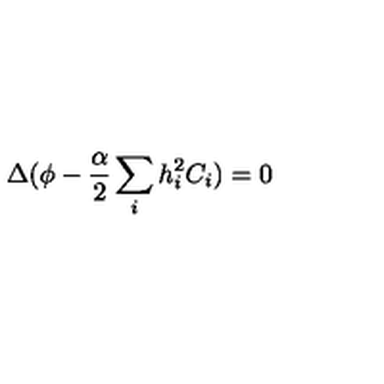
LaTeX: \Delta ( \phi - \frac { \alpha } { 2 } \sum _ { i } h _ { i } ^ { 2 } C _ { i } ) = 0